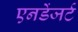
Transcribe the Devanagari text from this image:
एनडेंजर्ट